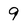
Character: 9